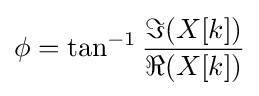
\phi =\tan ^{-1}{\frac {\Im (X[k])}{\Re (X[k])}}